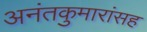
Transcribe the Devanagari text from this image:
अनंतकुमारांसह